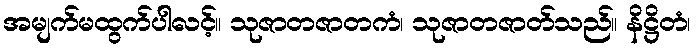
အမျက်မထွက်ပါလင့်။ သုဇာတဇာတကံ၊ သုဇာတဇာတ်သည်။ နိဋ္ဌိတံ၊